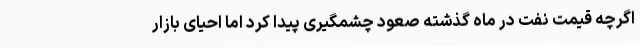
اگرچه قیمت نفت در ماه گذشته صعود چشمگیری پیدا کرد اما احیای بازار